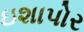
ઇશાપોર